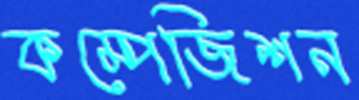
কম্পেজিশন